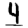
Digit: 4